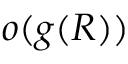
o ( g ( R ) )